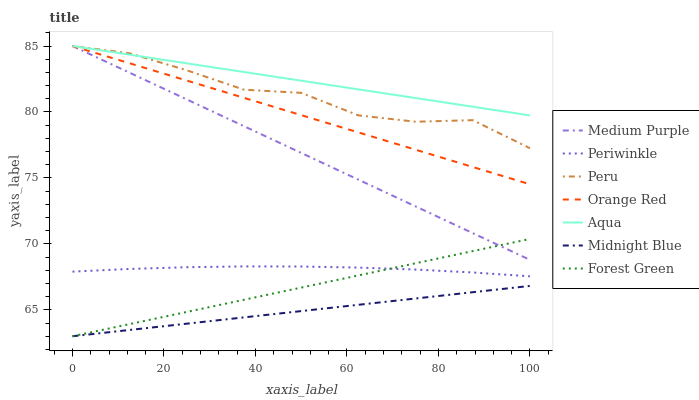
| xaxis_label | Medium Purple | Periwinkle | Peru | Orange Red | Aqua | Midnight Blue | Forest Green |
 | --- | --- | --- | --- | --- | --- | --- | --- |
 | 0 | 85 | 67.9 | 85 | 85 | 85 | 63 | 63 |
 | 12.5 | 83 | 68.1 | 84.4 | 83.7 | 84.3 | 63.5 | 63.9 |
 | 25 | 80.9 | 68.2 | 83.2 | 82.4 | 83.7 | 64 | 64.8 |
 | 37.5 | 78.9 | 68.3 | 81.7 | 81.1 | 83 | 64.4 | 65.8 |
 | 50 | 76.9 | 68.3 | 81.4 | 79.8 | 82.4 | 64.9 | 66.7 |
 | 62.5 | 74.9 | 68.2 | 79.7 | 78.5 | 81.7 | 65.4 | 67.6 |
 | 75 | 72.8 | 68.1 | 79.3 | 77.1 | 81.1 | 65.9 | 68.5 |
 | 87.5 | 70.8 | 67.8 | 79.4 | 75.8 | 80.4 | 66.3 | 69.5 |
 | 100 | 68.8 | 67.5 | 77.3 | 74.5 | 79.7 | 66.8 | 70.4 |